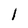
Character: l